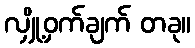
လျှို့ဝှက်ချက် တခု။